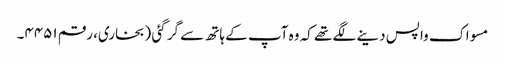
مسواک واپس دینے لگے تھے کہ وہ آپ کے ہاتھ سے گر گئی (بخاری، رقم ۴۴۵۱۔